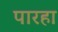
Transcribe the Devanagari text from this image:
पारहा